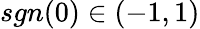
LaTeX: sgn(0)\in(-1,1)